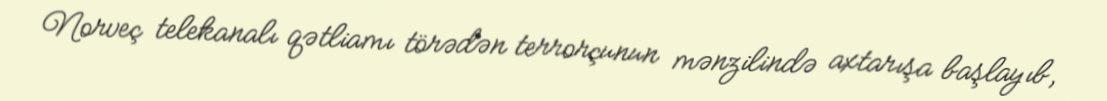
Norveç telekanalı qətliamı törədən terrorçunun mənzilində axtarışa başlayıb,